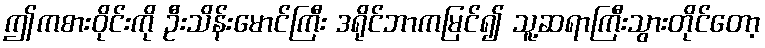
ဤကစားဝိုင်းကို ဦးသိန်းမောင်ကြီး ဒရိုင်ဘာကမြင်၍ သူ့ဆရာကြီးသွားတိုင်တော့